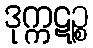
ဒုက္ကဋဉ္စ